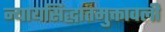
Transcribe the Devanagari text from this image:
न्यायसिद्धांतमुक्तावली